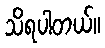
သိရပါတယ်။